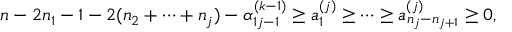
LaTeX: \begin{array} { l } { { n - 2 n _ { 1 } - 1 - 2 ( n _ { 2 } + \cdots + n _ { j } ) - \alpha _ { 1 j - 1 } ^ { ( k - 1 ) } \geq a _ { 1 } ^ { ( j ) } \geq \cdots \geq a _ { n _ { j } - n _ { j + 1 } } ^ { ( j ) } \geq 0 , } } \end{array}